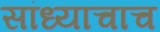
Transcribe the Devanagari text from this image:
सांध्याचाच